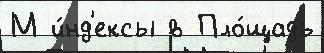
М и́нд'ексы в Пло́щадь